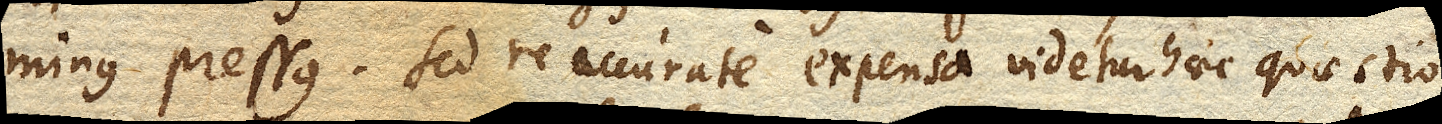
minus pressus. Sed ne accurate expensa videtur haec quaestio